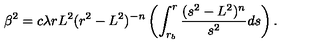
\beta ^ { 2 } = c \lambda r L ^ { 2 } ( r ^ { 2 } - L ^ { 2 } ) ^ { - n } \left( \int _ { r _ { b } } ^ { r } \frac { ( s ^ { 2 } - L ^ { 2 } ) ^ { n } } { s ^ { 2 } } d s \right) .